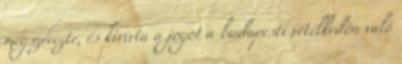
megszerezte, és kivívta a jogot a budapesti vetélkedőn való